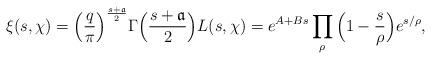
LaTeX: \begin{align*} \xi(s,\chi) = \Big(\frac{q}{\pi} \Big)^{\frac{s+{\mathfrak a}}{2} } \Gamma\Big(\frac{s+{\mathfrak a}}{2} \Big) L(s, \chi) = e^{A+Bs} \prod_{\rho} \Big(1-\frac{s}{\rho}\Big) e^{s/\rho}, \end{align*}